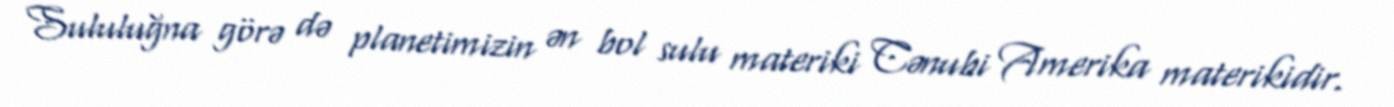
Sululuğna görə də planetimizin ən bol sulu materiki Cənubi Amerika materikidir.